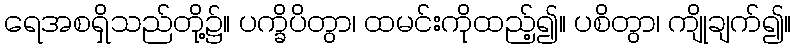
ရေအစရှိသည်တို့၌။ ပက္ခိပိတွာ၊ ထမင်းကိုထည့်၍။ ပစိတွာ၊ ကျိုချက်၍။